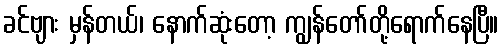
ခင်ဗျား မှန်တယ်၊ နောက်ဆုံးတော့ ကျွန်တော်တို့ရောက်နေပြီ။